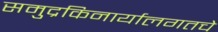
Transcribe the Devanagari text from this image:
समुद्रकिनार्यालगतचे